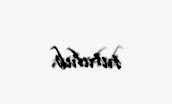
tutulub.